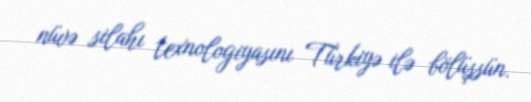
nüvə silahı texnologiyasını Türkiyə ilə bölüşsün.